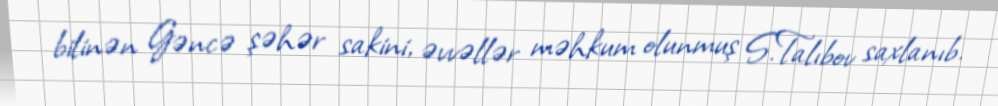
bilinən Gəncə şəhər sakini, əvvəllər məhkum olunmuş S.Talıbov saxlanıb.